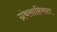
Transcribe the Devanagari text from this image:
ग्रंथसाहिबात